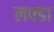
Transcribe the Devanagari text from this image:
लफ्डा